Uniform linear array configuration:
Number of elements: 48
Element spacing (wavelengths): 0.25
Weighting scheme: cosine
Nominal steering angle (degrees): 60
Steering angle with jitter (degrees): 61.576
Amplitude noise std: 0.05
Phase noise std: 0.05

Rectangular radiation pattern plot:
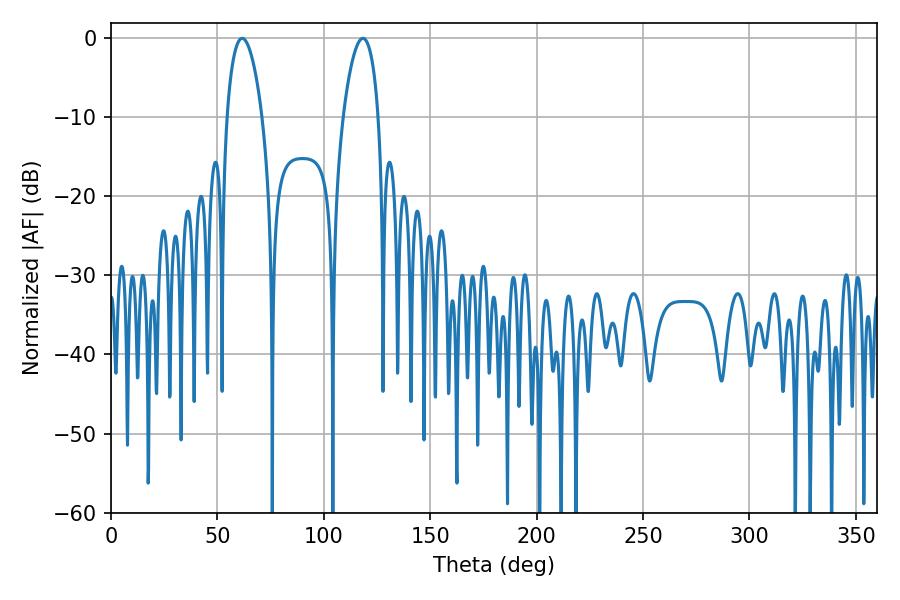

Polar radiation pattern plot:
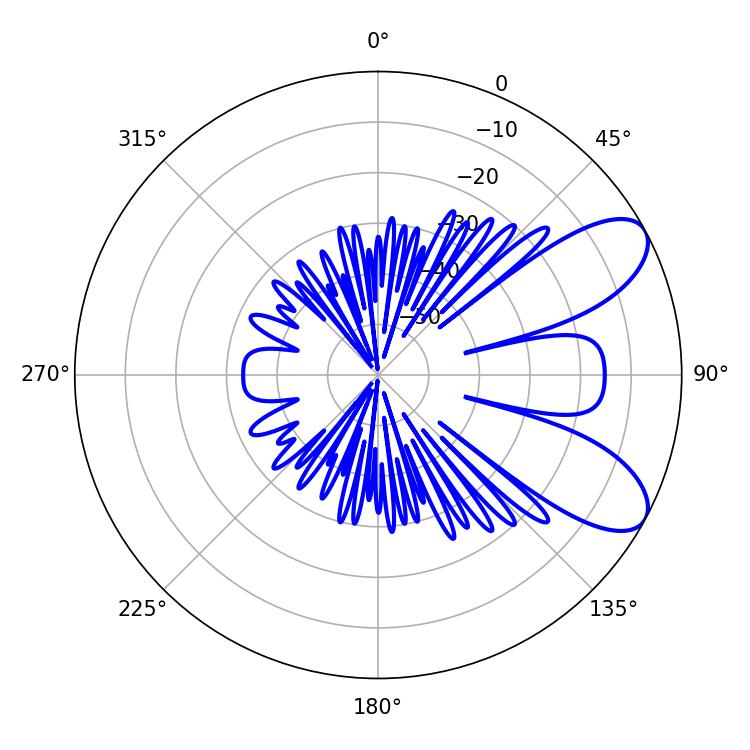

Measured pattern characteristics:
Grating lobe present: FALSE
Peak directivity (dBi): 8.01
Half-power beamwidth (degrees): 9.18
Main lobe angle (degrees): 61.56